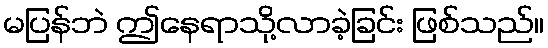
မပြန်ဘဲ ဤနေရာသို့လာခဲ့ခြင်း ဖြစ်သည်။